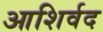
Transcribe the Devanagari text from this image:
आशिर्वद